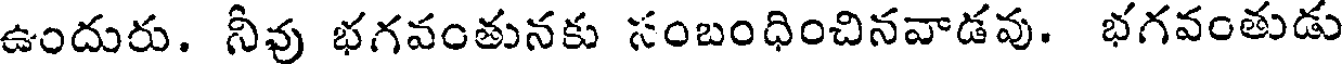
ఉందురు. నీవు భగవంతునకు సంబంధించినవాడవు. భగవంతుడు